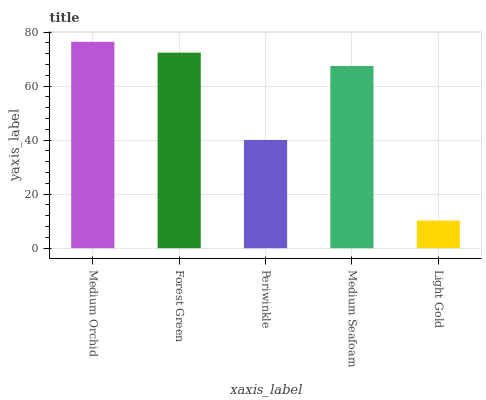
| xaxis_label | bars |
 | --- | --- |
 | Medium Orchid | 76.4 |
 | Forest Green | 72.4 |
 | Periwinkle | 40.1 |
 | Medium Seafoam | 67.5 |
 | Light Gold | 10.2 |